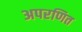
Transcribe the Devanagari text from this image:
अपरणित